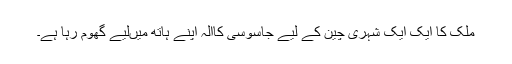
ملک کا ایک ایک شہری چین کے لیے جاسوسی کاآلہ اپنے ہاتھ میںلیے گھوم رہا ہے۔